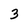
Character: 3